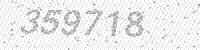
Solution: 359718